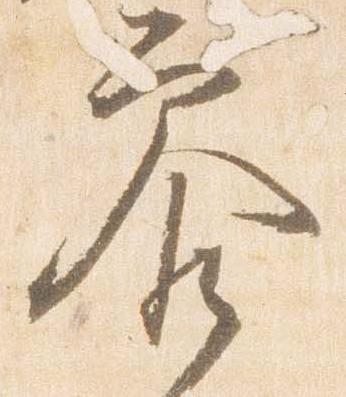
参